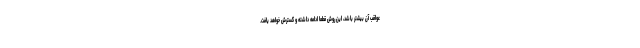
عواقب آن بیشتر باشد، این روش قطعا ادامه داشته و گسترش خواهد یافت.